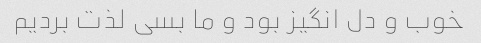
خوب و دل انگیز بود و ما بسی لذت بردیم